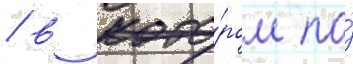
/ в кото́ром по́